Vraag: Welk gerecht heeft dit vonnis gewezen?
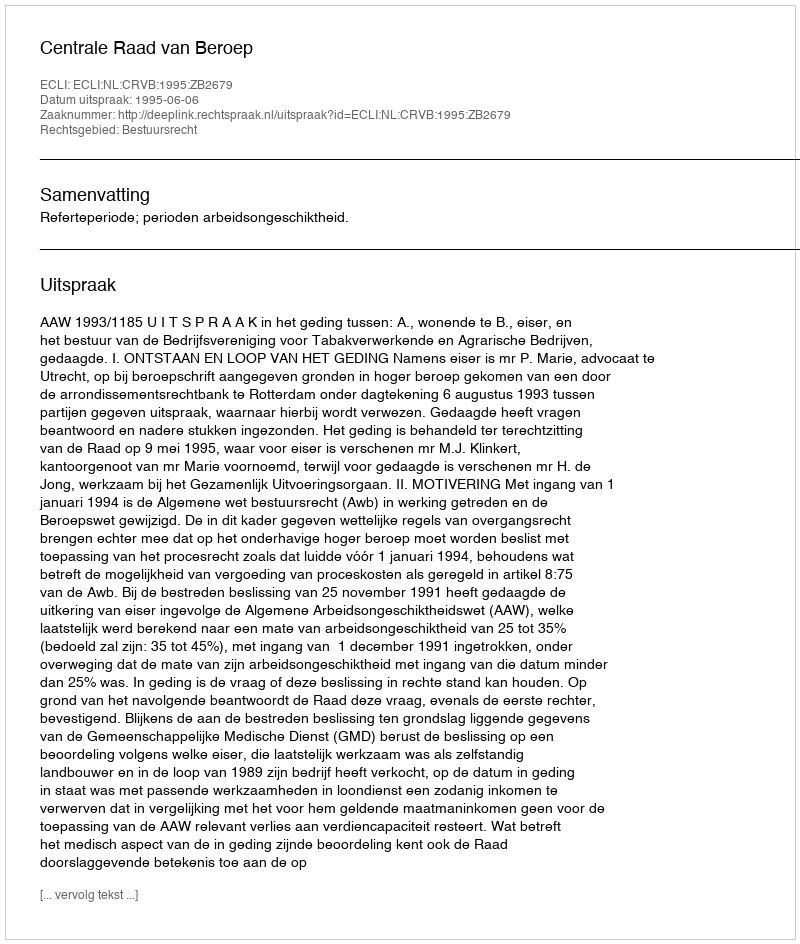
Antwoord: Centrale Raad van Beroep